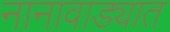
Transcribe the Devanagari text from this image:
नानावाड्यात